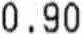
0.90